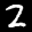
Label: 2